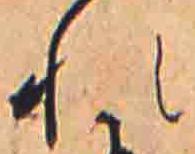
れ